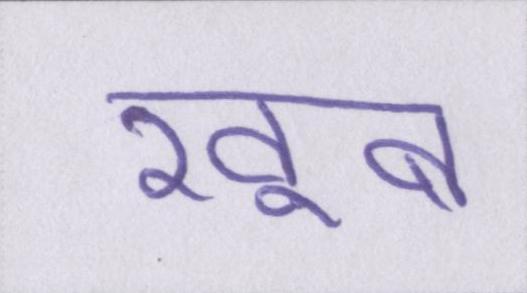
खूब